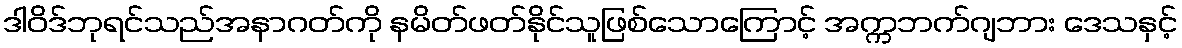
ဒါဝိဒ်ဘုရင်သည်အနာဂတ်ကို နမိတ်ဖတ်နိုင်သူဖြစ်သောကြောင့် အက္ကဘက်ဂျဘား ဒေသနှင့်